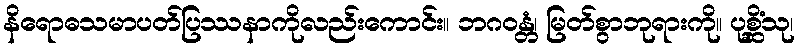
နိရောဓသမာပတ်ပြဿနာကိုလည်းကောင်း။ ဘဂဝန္တံ၊ မြတ်စွာဘုရားကို။ ပုစ္ဆိံသု၊